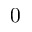
0